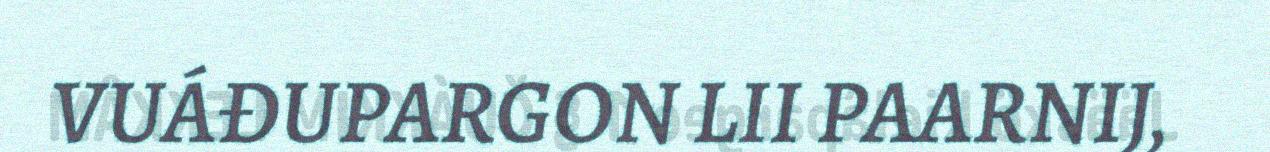
VUÁĐUPARGON LII PAARNIJ,